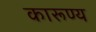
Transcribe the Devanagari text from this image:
कारूण्य